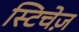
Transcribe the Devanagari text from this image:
स्टिचेज़